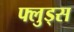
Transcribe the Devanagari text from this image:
फ्लुड्स